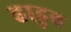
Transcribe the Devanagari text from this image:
हाडुव